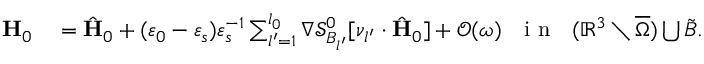
\begin{array} { r l } { \mathbf { H } _ { 0 } } & { { } = \hat { \mathbf { H } } _ { 0 } + ( \varepsilon _ { 0 } - \varepsilon _ { s } ) \varepsilon _ { s } ^ { - 1 } \sum _ { l ^ { \prime } = 1 } ^ { l _ { 0 } } \nabla \mathcal { S } _ { B _ { l ^ { \prime } } } ^ { 0 } [ \nu _ { l ^ { \prime } } \cdot \hat { \mathbf { H } } _ { 0 } ] + \mathcal { O } ( \omega ) \ \ \mathrm { ~ i ~ n ~ } \ \ ( \mathbb { R } ^ { 3 } \setminus \overline { \Omega } ) \bigcup \tilde { B } . } \end{array}